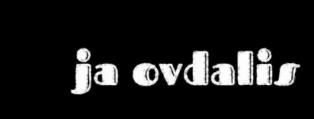
ja ovdalis